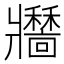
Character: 𤖣